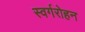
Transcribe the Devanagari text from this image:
स्वर्गरोहन